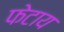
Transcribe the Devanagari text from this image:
फेटाय